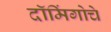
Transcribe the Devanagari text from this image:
दॉमिंगोचे